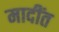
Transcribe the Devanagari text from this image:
मादींत